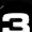
Digit: 3